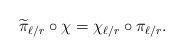
LaTeX: \begin{align*} \widetilde{\pi}_{\ell / r} \circ \chi = \chi_{\ell / r} \circ \pi_{\ell / r}. \end{align*}